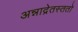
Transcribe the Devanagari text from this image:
अन्नाद्रेतस्ततो